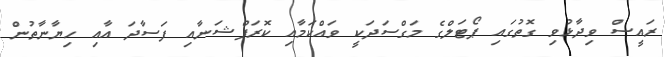
ރައީސް ވިދާޅުވި ގޮތުގައި ޕޯޓަލްގެ މަގްސަދަކީ ވައްކަމާއި ކޮރަޕްޝަނާއި ފަސާދަ އާއި ހިޔާނާތުން